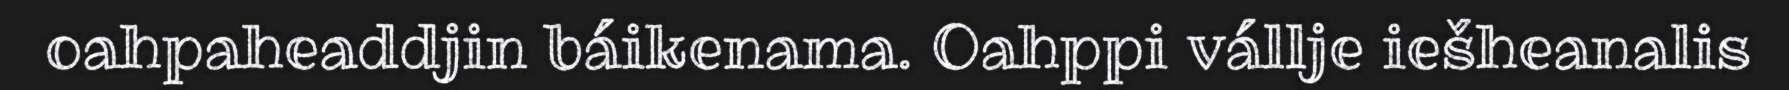
oahpaheaddjin báikenama. Oahppi vállje iešheanalis